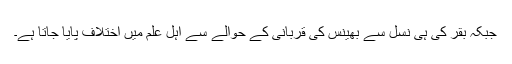
جبکہ بقر کی ہی نسل سے بھینس کی قربانی کے حوالے سے اہل علم میں اختلاف پایا جاتا ہے۔